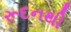
રૂદનથી